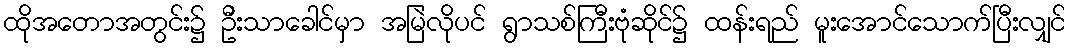
ထိုအတောအတွင်း၌ ဦးသာခေါင်မှာ အမြဲလိုပင် ရွာသစ်ကြီးဗုံဆိုင်၌ ထန်းရည် မူးအောင်သောက်ပြီးလျှင်